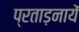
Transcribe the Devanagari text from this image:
प्रताड़नायें